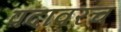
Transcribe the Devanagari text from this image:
पदावरच